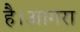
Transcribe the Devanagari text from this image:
है।आगरा